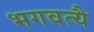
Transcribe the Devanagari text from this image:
भगवत्यै